Problem: 8 × 9 = ?
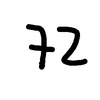
Handwritten answer: 72